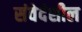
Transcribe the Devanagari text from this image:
संवेदंशील